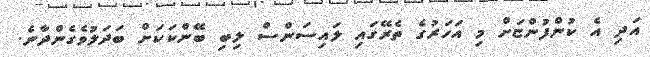
އަދި އެ ކުންފުންޏަށް މި އަހަރުގެ ތެރޭގައި ލައިސަންސް ލިބި ބޭންކަކަށް ބަދަލުވެގެންދާނެ.